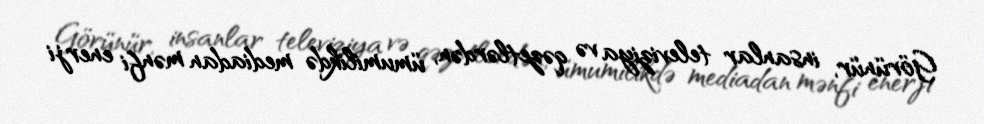
Görünür, insanlar televiziya və qəzetlərdən, ümumilikdə mediadan mənfi enerji